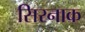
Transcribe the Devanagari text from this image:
सिरनाक